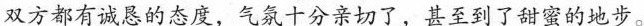
双方都有诚恳的态度，气氛十分亲切了，甚至到了甜蜜的地步。